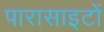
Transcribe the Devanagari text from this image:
पारासाइटों